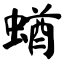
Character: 蝤